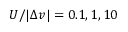
U / | \Delta v | = 0 . 1 , 1 , 1 0